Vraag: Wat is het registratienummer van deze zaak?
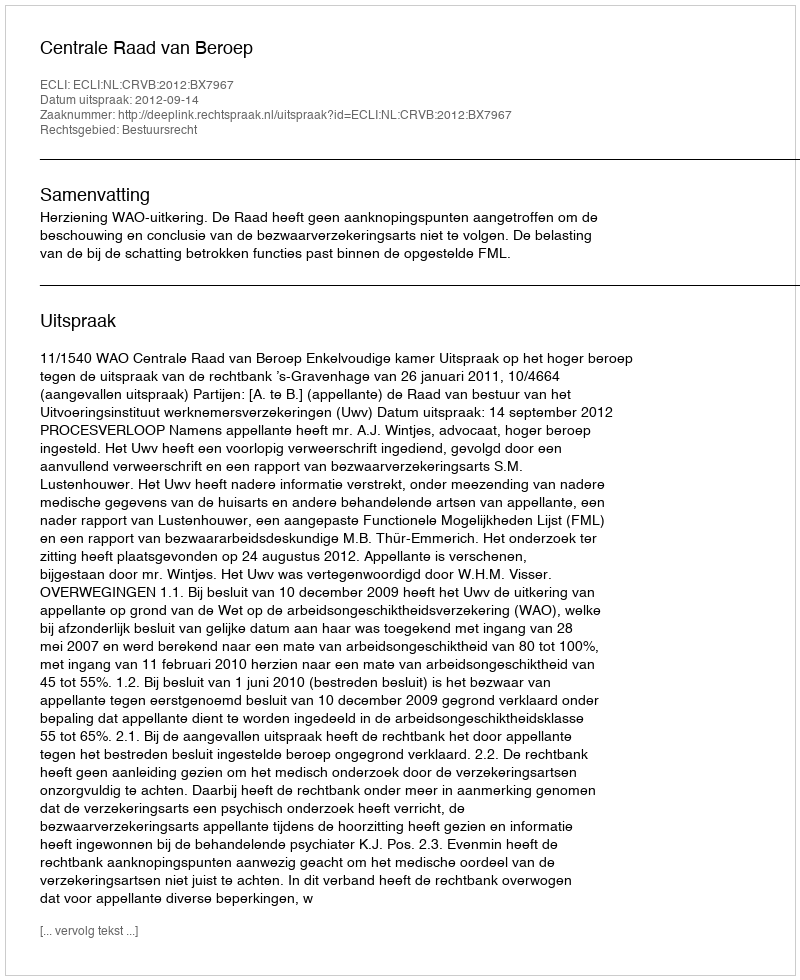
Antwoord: http://deeplink.rechtspraak.nl/uitspraak?id=ECLI:NL:CRVB:2012:BX7967